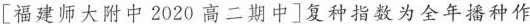
[福建师大附中2020高二期中]复种指数为全年播种作